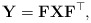
\begin{align*}\mathbf{Y} = \mathbf{FXF}^\top,\end{align*}